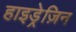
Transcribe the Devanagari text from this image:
हाइड्रेज़िन